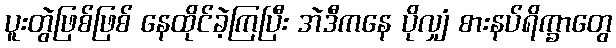
ပူးတွဲဖြစ်ဖြစ် နေထိုင်ခဲ့ကြပြီး အဲဒီကနေ ပိုလျှံ စားနပ်ရိက္ခာတွေ